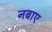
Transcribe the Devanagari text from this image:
नबाए